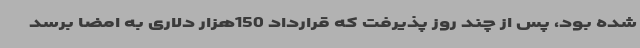
شده بود، پس از چند روز پذیرفت که قرارداد 150هزار دلاری به امضا برسد